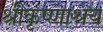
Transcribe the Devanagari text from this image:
श्रीकृष्णाश्रय